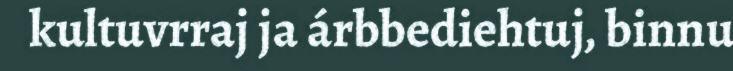
kultuvrraj ja árbbediehtuj, binnu